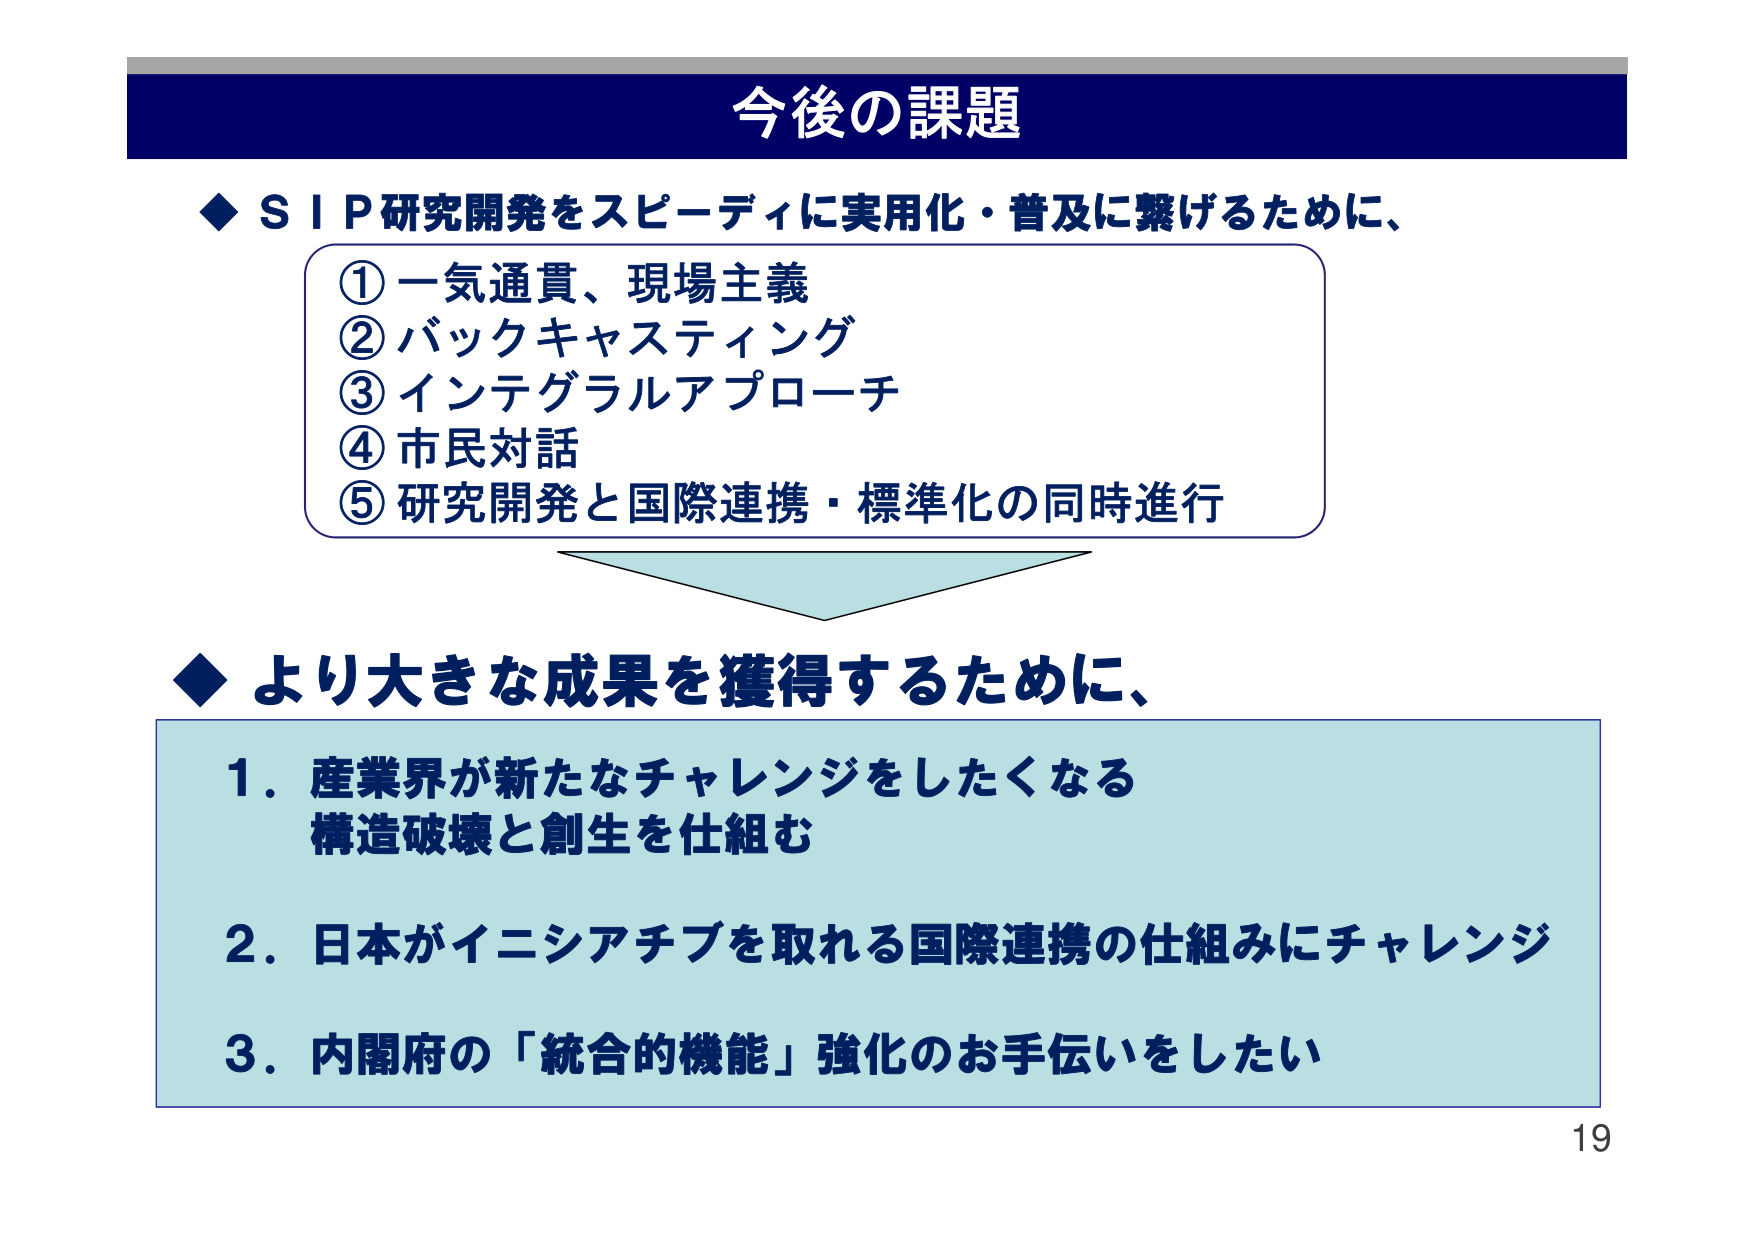
今後の課題

◆ＳＩＰ研究開発をスピーディに実用化・普及に繋げるために、
①一気通貫、現場主義
②バックキャスティング
③インテグラルアプローチ
④市民対話
⑤研究開発と国際連携・標準化の同時進行

◆より大きな成果を獲得するために、
１．産業界が新たなチャレンジをしたくなる
構造破壊と創生を仕組む
２．日本がイニシアチブを取れる国際連携の仕組みにチャレンジ
３．内閣府の「統合的機能」強化のお手伝いをしたい

19